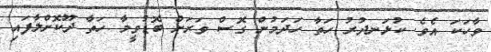
ވާހަކަ އެވެ. ކުޅަނދުރު ހަތާ ހަދަމުން ގޮސް ވަރަށް ބޮޑުވީމާ ހަތާ ދޫކޮށްލާފައި